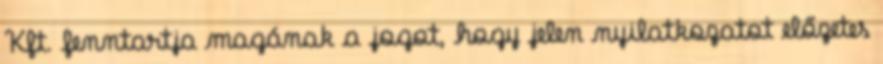
Kft. fenntartja magának a jogot, hogy jelen nyilatkozatot előzetes